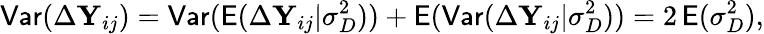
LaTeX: \mathsf{Var}(\Delta\mathbf Y_{ij})=\mathsf{Var}(\mathsf E(\Delta\mathbf Y_{ij}|\sigma_{D}^{2}))+\mathsf E(\mathsf{Var}(\Delta\mathbf Y_{ij}|\sigma_{D}^{2}))=2\, \mathsf E(\sigma_{D}^{2}),